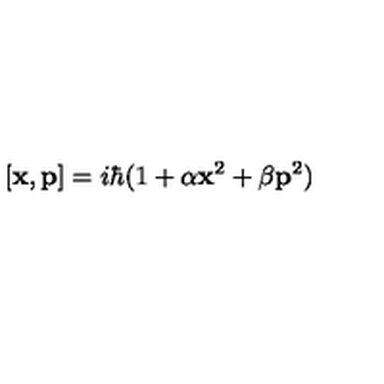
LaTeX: [ { \bf { x } } , { \bf { p } } ] = i \hbar ( 1 + \alpha { \bf { x } } ^ { 2 } + \beta { \bf { p } } ^ { 2 } )